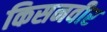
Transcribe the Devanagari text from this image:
किसनवीर